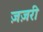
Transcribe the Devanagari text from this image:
ज़ज़री